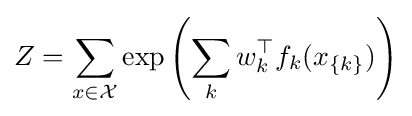
Z=\sum _{x\in {\mathcal {X}}}\exp \left(\sum _{k}w_{k}^{\top }f_{k}(x_{\{k\}})\right)